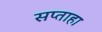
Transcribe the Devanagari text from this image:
सप्ताहा